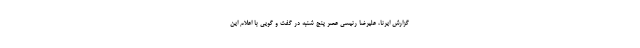
گزارش ایرنا، علیرضا رئیسی عصر پنج شنبه در گفت و گویی با اعلام این